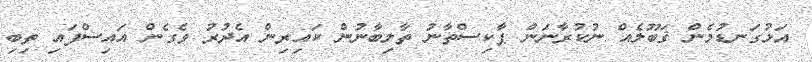
އަޅުގަނޑުމެން ޤަބޫލެއް ނުކުރާނަން ޕާކިސްތާނު ތާލިބާނުން ކައިރިން އެދުރު ވެގެން އައިސްފައި ތިބި